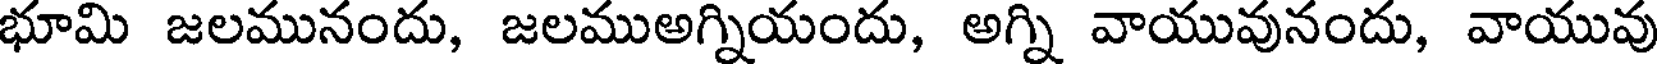
భూమి జలమునందు, జలముఅగ్నియందు, అగ్ని వాయువునందు, వాయువు